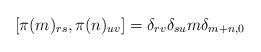
LaTeX: \begin{align*}[\pi(m)_{rs},\pi(n)_{uv}] = \delta_{rv}\delta_{su}m\delta_{m+n,0}\end{align*}